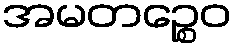
အမတဉ္စေဝ